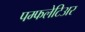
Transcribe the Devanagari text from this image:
पम्फलेटिअर